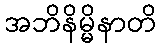
အဘိနိမ္မိနာတိ